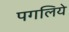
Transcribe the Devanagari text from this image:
पगलिये